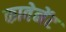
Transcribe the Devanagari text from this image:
कावेनेंट